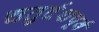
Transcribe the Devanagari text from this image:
चतुर्दशपूर्व